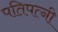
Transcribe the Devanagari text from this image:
पतिपत्‍नी